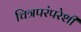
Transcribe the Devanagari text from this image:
चित्रपरंपरेशी